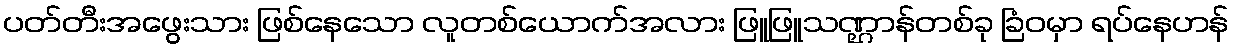
ပတ်တီးအဖွေးသား ဖြစ်နေသော လူတစ်ယောက်အလား ဖြူဖြူသဏ္ဌာန်တစ်ခု ခြံဝမှာ ရပ်နေဟန်